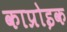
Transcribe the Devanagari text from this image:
काप्रोइक